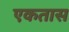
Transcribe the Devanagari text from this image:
एकतास